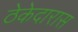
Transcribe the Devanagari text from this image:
ठेकेदारास